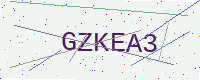
Text: GZKEA3